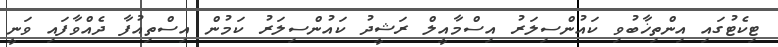
ޓިކެޓުގައި އިންތިޚާބުވި ކައުންސިލަރު އިސްމާއީލް ރަޝީދު ކައުންސިލަރު ކަމުން އިސްތިއުފާ ދެއްވާފައި ވަނީ